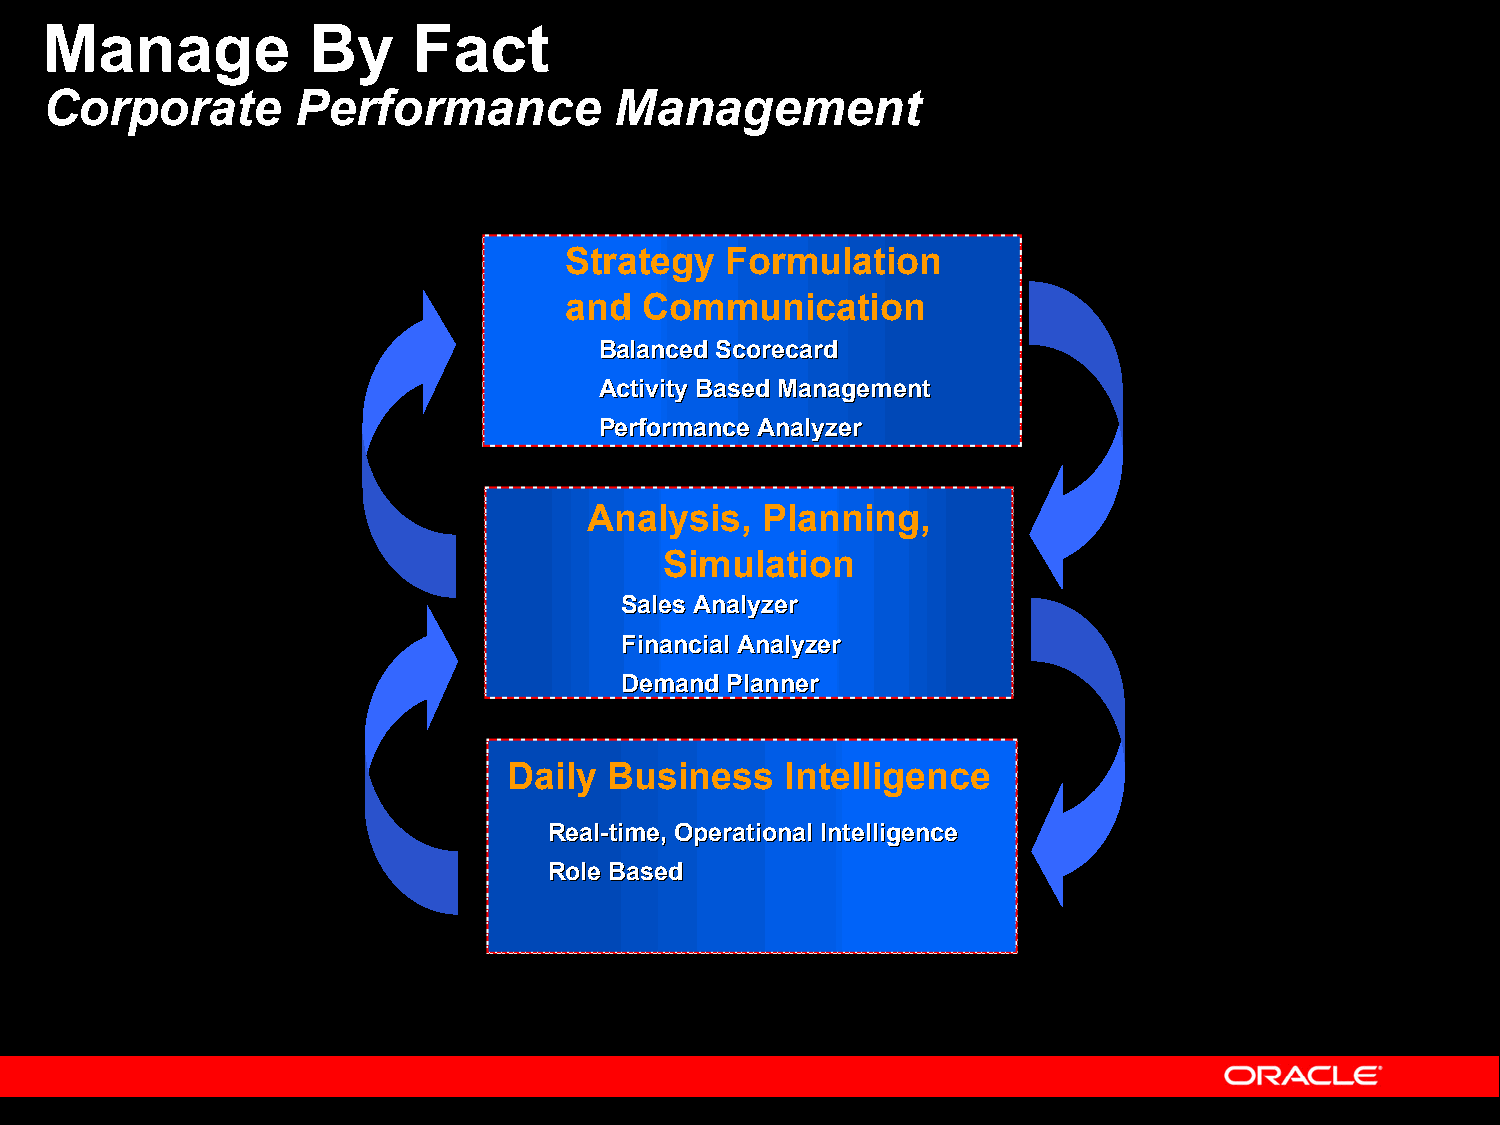
Manage           By     Fact
 Corporate        Performance          Management
 Strategy   Formulation
 and  Communication
 BBaallaanncceedd SSccoorreeccaarrdd
 AAccttiivviittyy BBaasseedd MMaannaaggeemmeenntt
 PPeerrffoorrmmaannccee AAnnaallyyzzeerr
 Analysis,  Planning,
 Simulation
 SSaalleess AAnnaallyyzzeerr
 FFiinnaanncciiaall AAnnaallyyzzeerr
 DDeemmaanndd PPllaannnneerr
 Daily Business    Intelligence
 RReeaall--ttiimmee,, OOppeerraattiioonnaall IInntteelllliiggeennccee
 RRoollee BBaasseedd